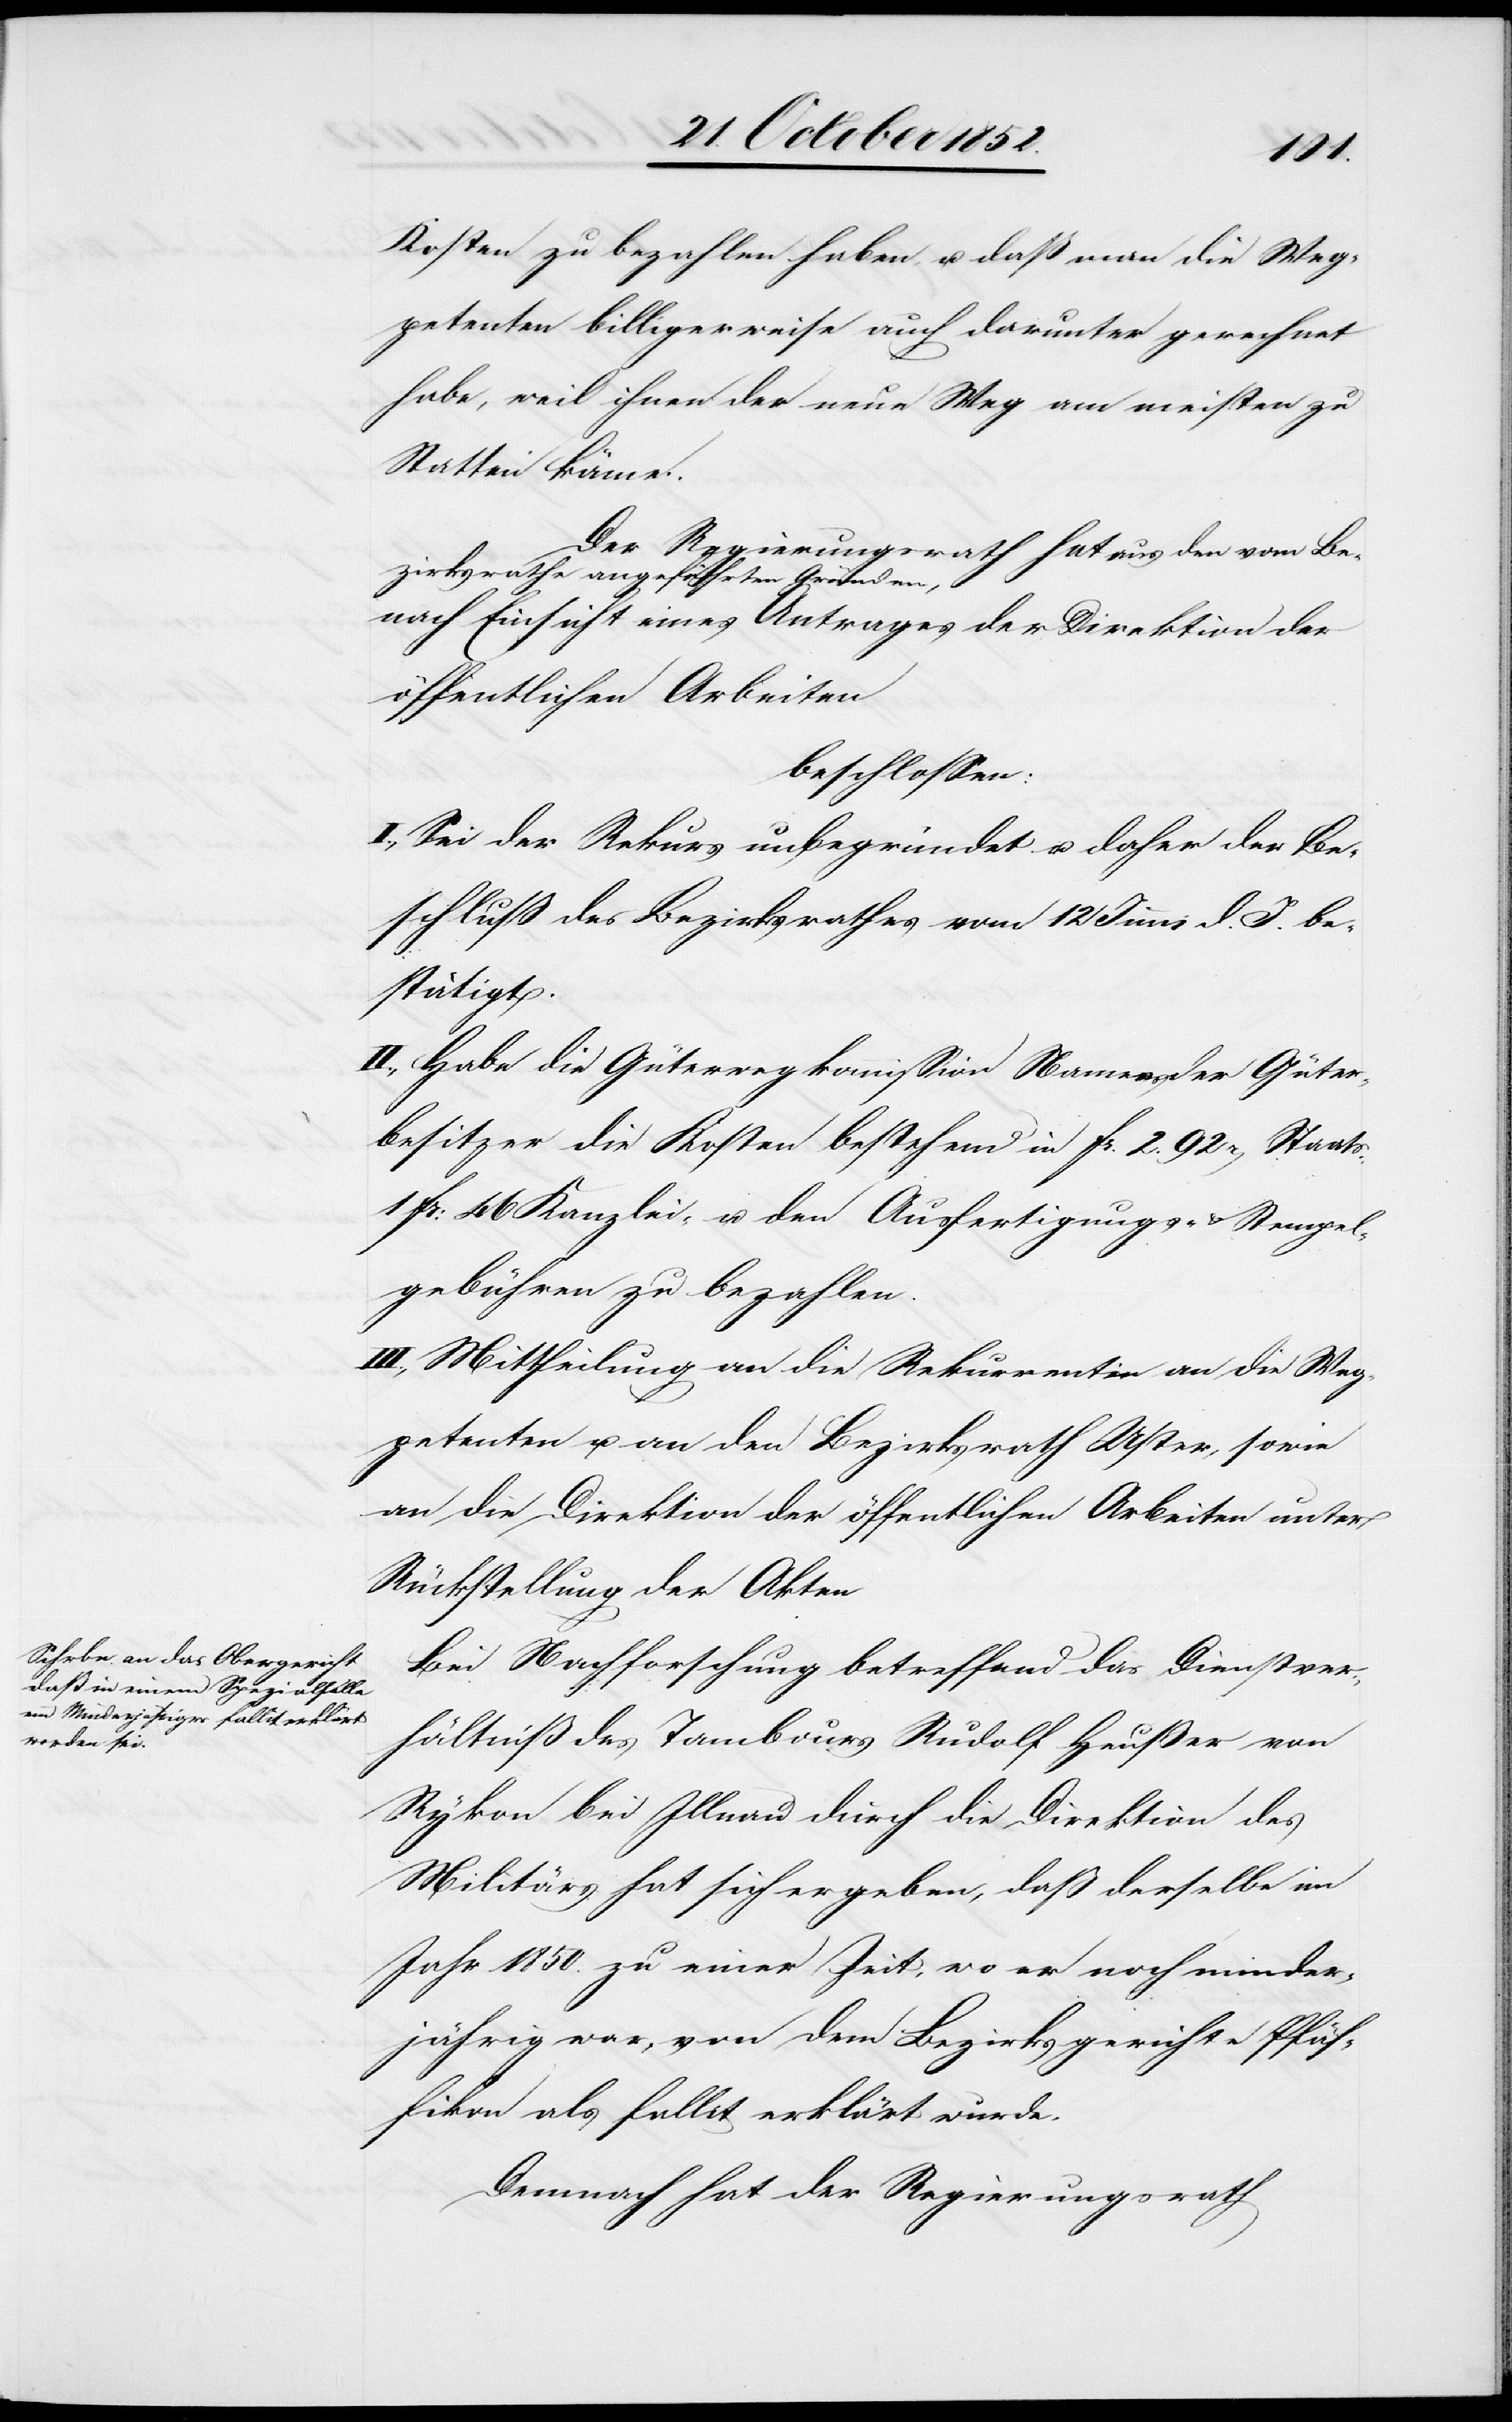
n[.]
Kosten zu bezahlen haben, u. daß man die Weg¬
petenten billigerweise auch darunter gerechnet
habe, weil ihnen der neue Weg am meisten zu
Statten käme.
Der Regierungsrath hat aus den vom Be¬
zirksrathe angeführten Gründen,
nach Einsicht eines Antrages der Direktion der
öffentlichen Arbeiten
beschlossen:
I., Sei der Rekurs unbegründet u. daher der Be¬
schluß des Bezirksrathes vom 12 Juni d. J. be¬
stätigt.
II., Habe die Güterwegkommission Namens der Güter¬
besitzer die Kosten bestehend in Fr. 2. 92r[en] Staat¬
1 Fr: 46 Kanzlei- u. den Ausfertigungs- & Stempel¬
gebühren zu bezahlen.
III., Mittheilung an die Rekurrentin[,] an die Weg¬
petenten u. an den Bezirksrath Uster, sowie
an die Direktion der öffentlichen Arbeiten unter
Rückstellung der Akte¬
Bei Nachforschung betreffend das Dienstver¬
hältniß des Tambours Rudolf Heußer von
Rykon bei Illnau durch die Direktion des
Militärs hat sich ergeben, daß derselbe im
Jahr 1850. zu einer Zeit, wo er noch minder¬
jährig war, von dem Bezirksgerichte Pfäf¬
fikon als fallit erklärt wurde.
Demnach hat der Regierungsrath